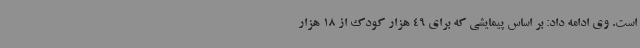
است. وی ادامه داد: بر اساس پیمایشی که برای 49 هزار کودک از 18 هزار